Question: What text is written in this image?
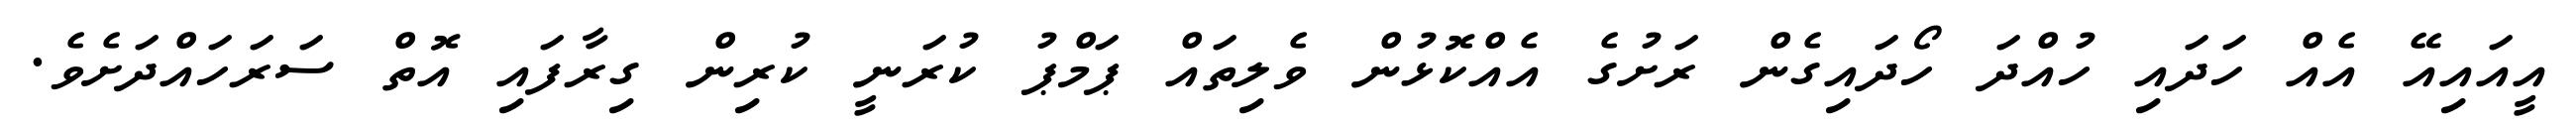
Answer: އީއައިއޭ އެއް ހަދައި ހުއްދަ ހޯދައިގެން ރަށުގެ އެއްކޮޅުން ވެލިތައް ޕަމްޕު ކުރަނީ ކުރިން ގިރާފައި އޮތް ސަރަހައްދަށެވެ.